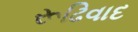
રૂઢિવાદ